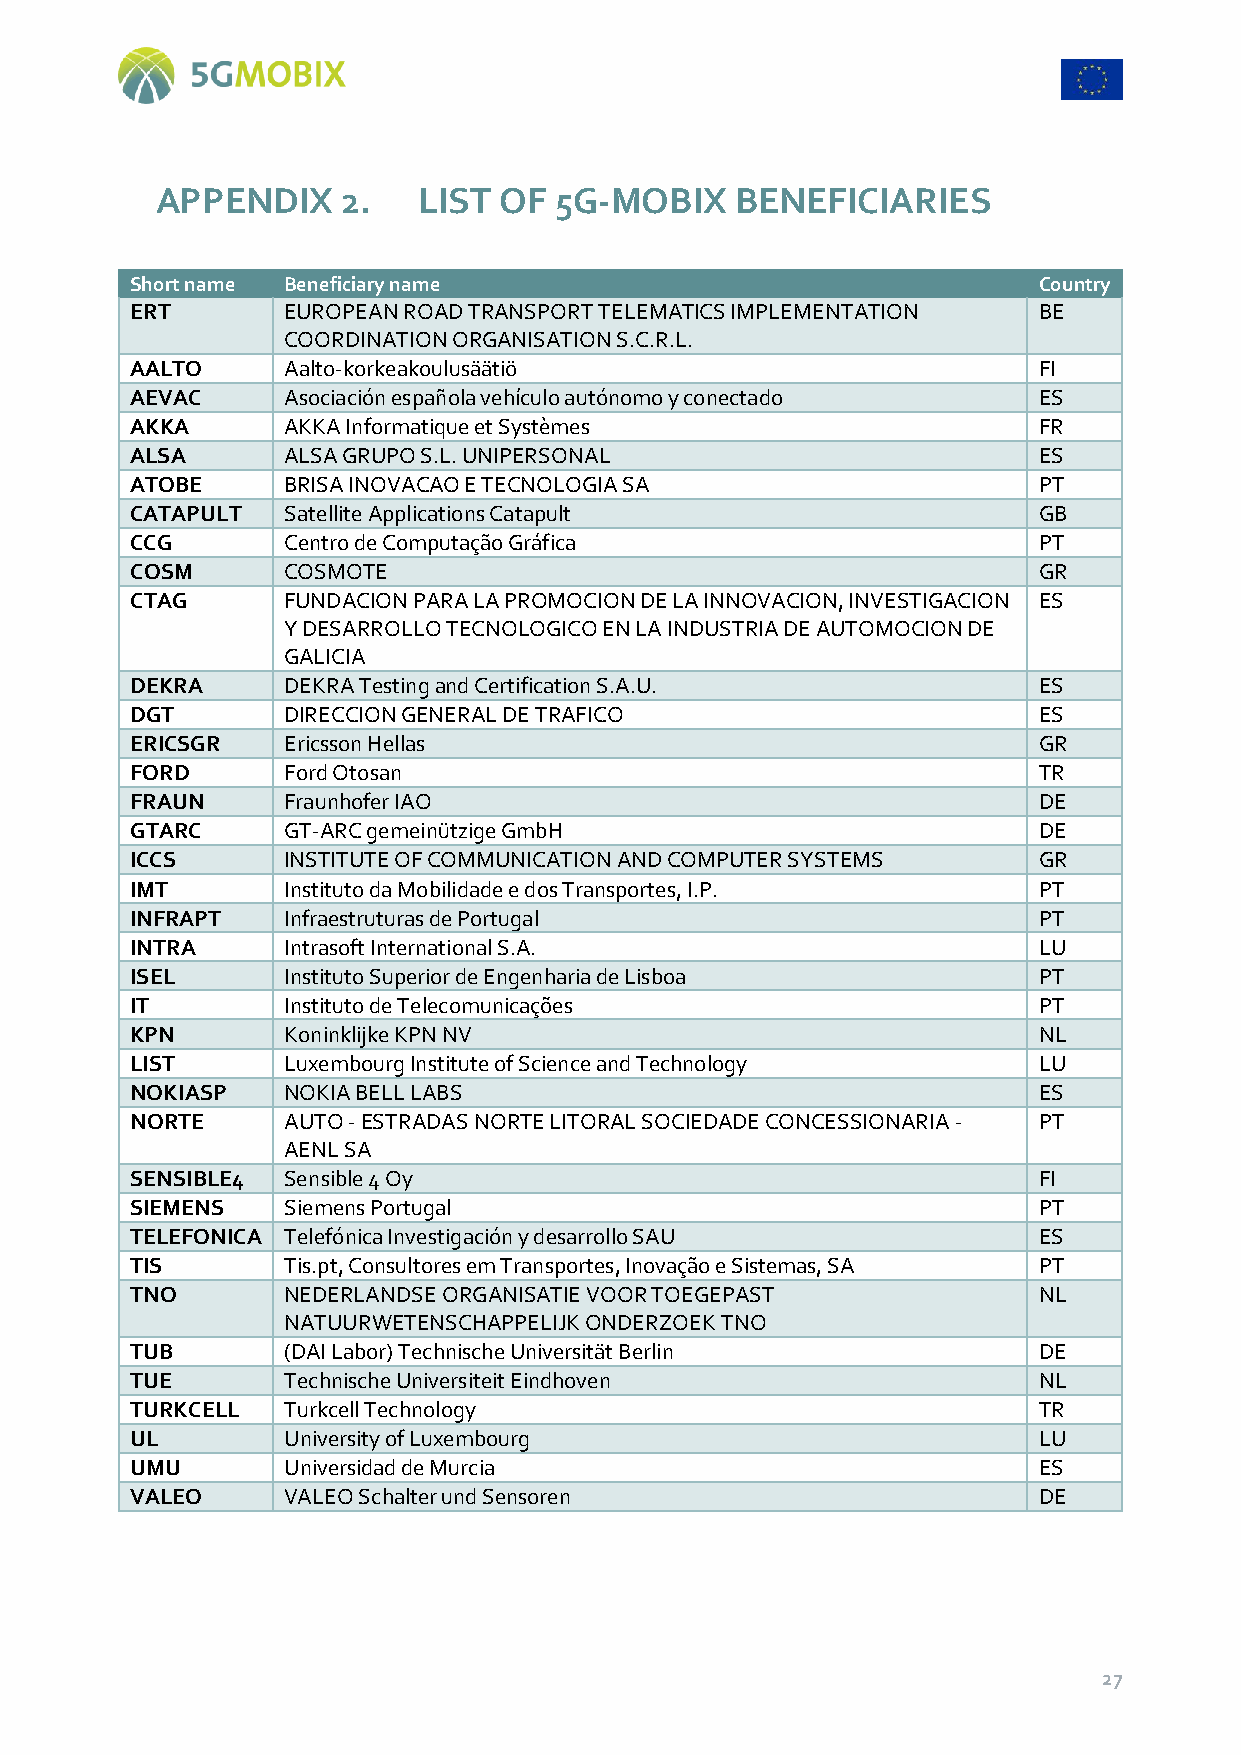
APPENDIX     2.   LIST OF  5G-MOBIX    BENEFICIARIES
 Short name Beneficiary name                                 Country
 ERT       EUROPEAN ROAD TRANSPORT TELEMATICS IMPLEMENTATION BE
 COORDINATION ORGANISATION S.C.R.L.
 AALTO     Aalto-korkeakoulusäätiö                           FI
 AEVAC     Asociación española vehículo autónomo y conectado ES
 AKKA      AKKA Informatique et Systèmes                     FR
 ALSA      ALSA GRUPO S.L. UNIPERSONAL                       ES
 ATOBE     BRISA INOVACAO E TECNOLOGIA SA                    PT
 CATAPULT  Satellite Applications Catapult                   GB
 CCG       Centro de Computação Gráfica                      PT
 COSM      COSMOTE                                           GR
 CTAG      FUNDACION PARA LA PROMOCION DE LA INNOVACION, INVESTIGACION ES
 Y DESARROLLO TECNOLOGICO EN LA INDUSTRIA DE AUTOMOCION DE
 GALICIA
 DEKRA     DEKRA Testing and Certification S.A.U.            ES
 DGT       DIRECCION GENERAL DE TRAFICO                      ES
 ERICSGR   Ericsson Hellas                                   GR
 FORD      Ford Otosan                                       TR
 FRAUN     Fraunhofer IAO                                    DE
 GTARC     GT-ARC gemeinützige GmbH                          DE
 ICCS      INSTITUTE OF COMMUNICATION AND COMPUTER SYSTEMS   GR
 IMT       Instituto da Mobilidade e dos Transportes, I.P.   PT
 INFRAPT   Infraestruturas de Portugal                       PT
 INTRA     Intrasoft International S.A.                      LU
 ISEL      Instituto Superior de Engenharia de Lisboa        PT
 IT        Instituto de Telecomunicações                     PT
 KPN       Koninklijke KPN NV                                NL
 LIST      Luxembourg Institute of Science and Technology    LU
 NOKIASP   NOKIA BELL LABS                                   ES
 NORTE     AUTO - ESTRADAS NORTE LITORAL SOCIEDADE CONCESSIONARIA - PT
 AENL SA
 SENSIBLE4 Sensible 4 Oy                                     FI
 SIEMENS   Siemens Portugal                                  PT
 TELEFONICA Telefónica Investigación y desarrollo SAU        ES
 TIS       Tis.pt, Consultores em Transportes, Inovação e Sistemas, SA PT
 TNO       NEDERLANDSE ORGANISATIE VOOR TOEGEPAST            NL
 NATUURWETENSCHAPPELIJK ONDERZOEK TNO
 TUB       (DAI Labor) Technische Universität Berlin         DE
 TUE       Technische Universiteit Eindhoven                 NL
 TURKCELL  Turkcell Technology                               TR
 UL        University of Luxembourg                          LU
 UMU       Universidad de Murcia                             ES
 VALEO     VALEO Schalter und Sensoren                       DE
 27